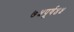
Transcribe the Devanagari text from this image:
७५पूर्व४५